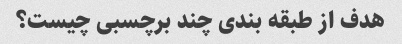
هدف از طبقه بندی چند برچسبی چیست؟